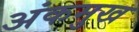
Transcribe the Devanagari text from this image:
अंकमुख